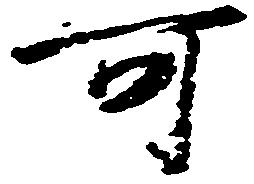
可